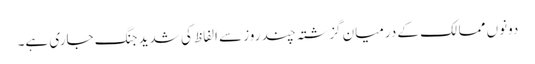
دونوں ممالک کے درمیان گزشتہ چند روز سے الفاظ کی شدید جنگ جاری ہے۔